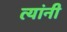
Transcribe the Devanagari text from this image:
त्यांनी